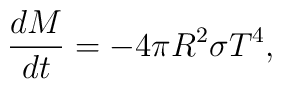
{dM\over dt} = - 4\pi R^2 \sigma T^4,